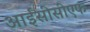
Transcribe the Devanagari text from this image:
आईसीसीएफ